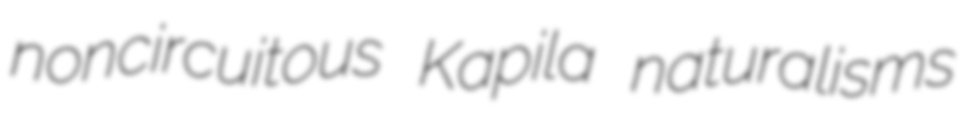
noncircuitous Kapila naturalisms